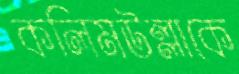
কলিমউল্লাকে